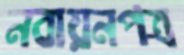
নবায়নপত্র